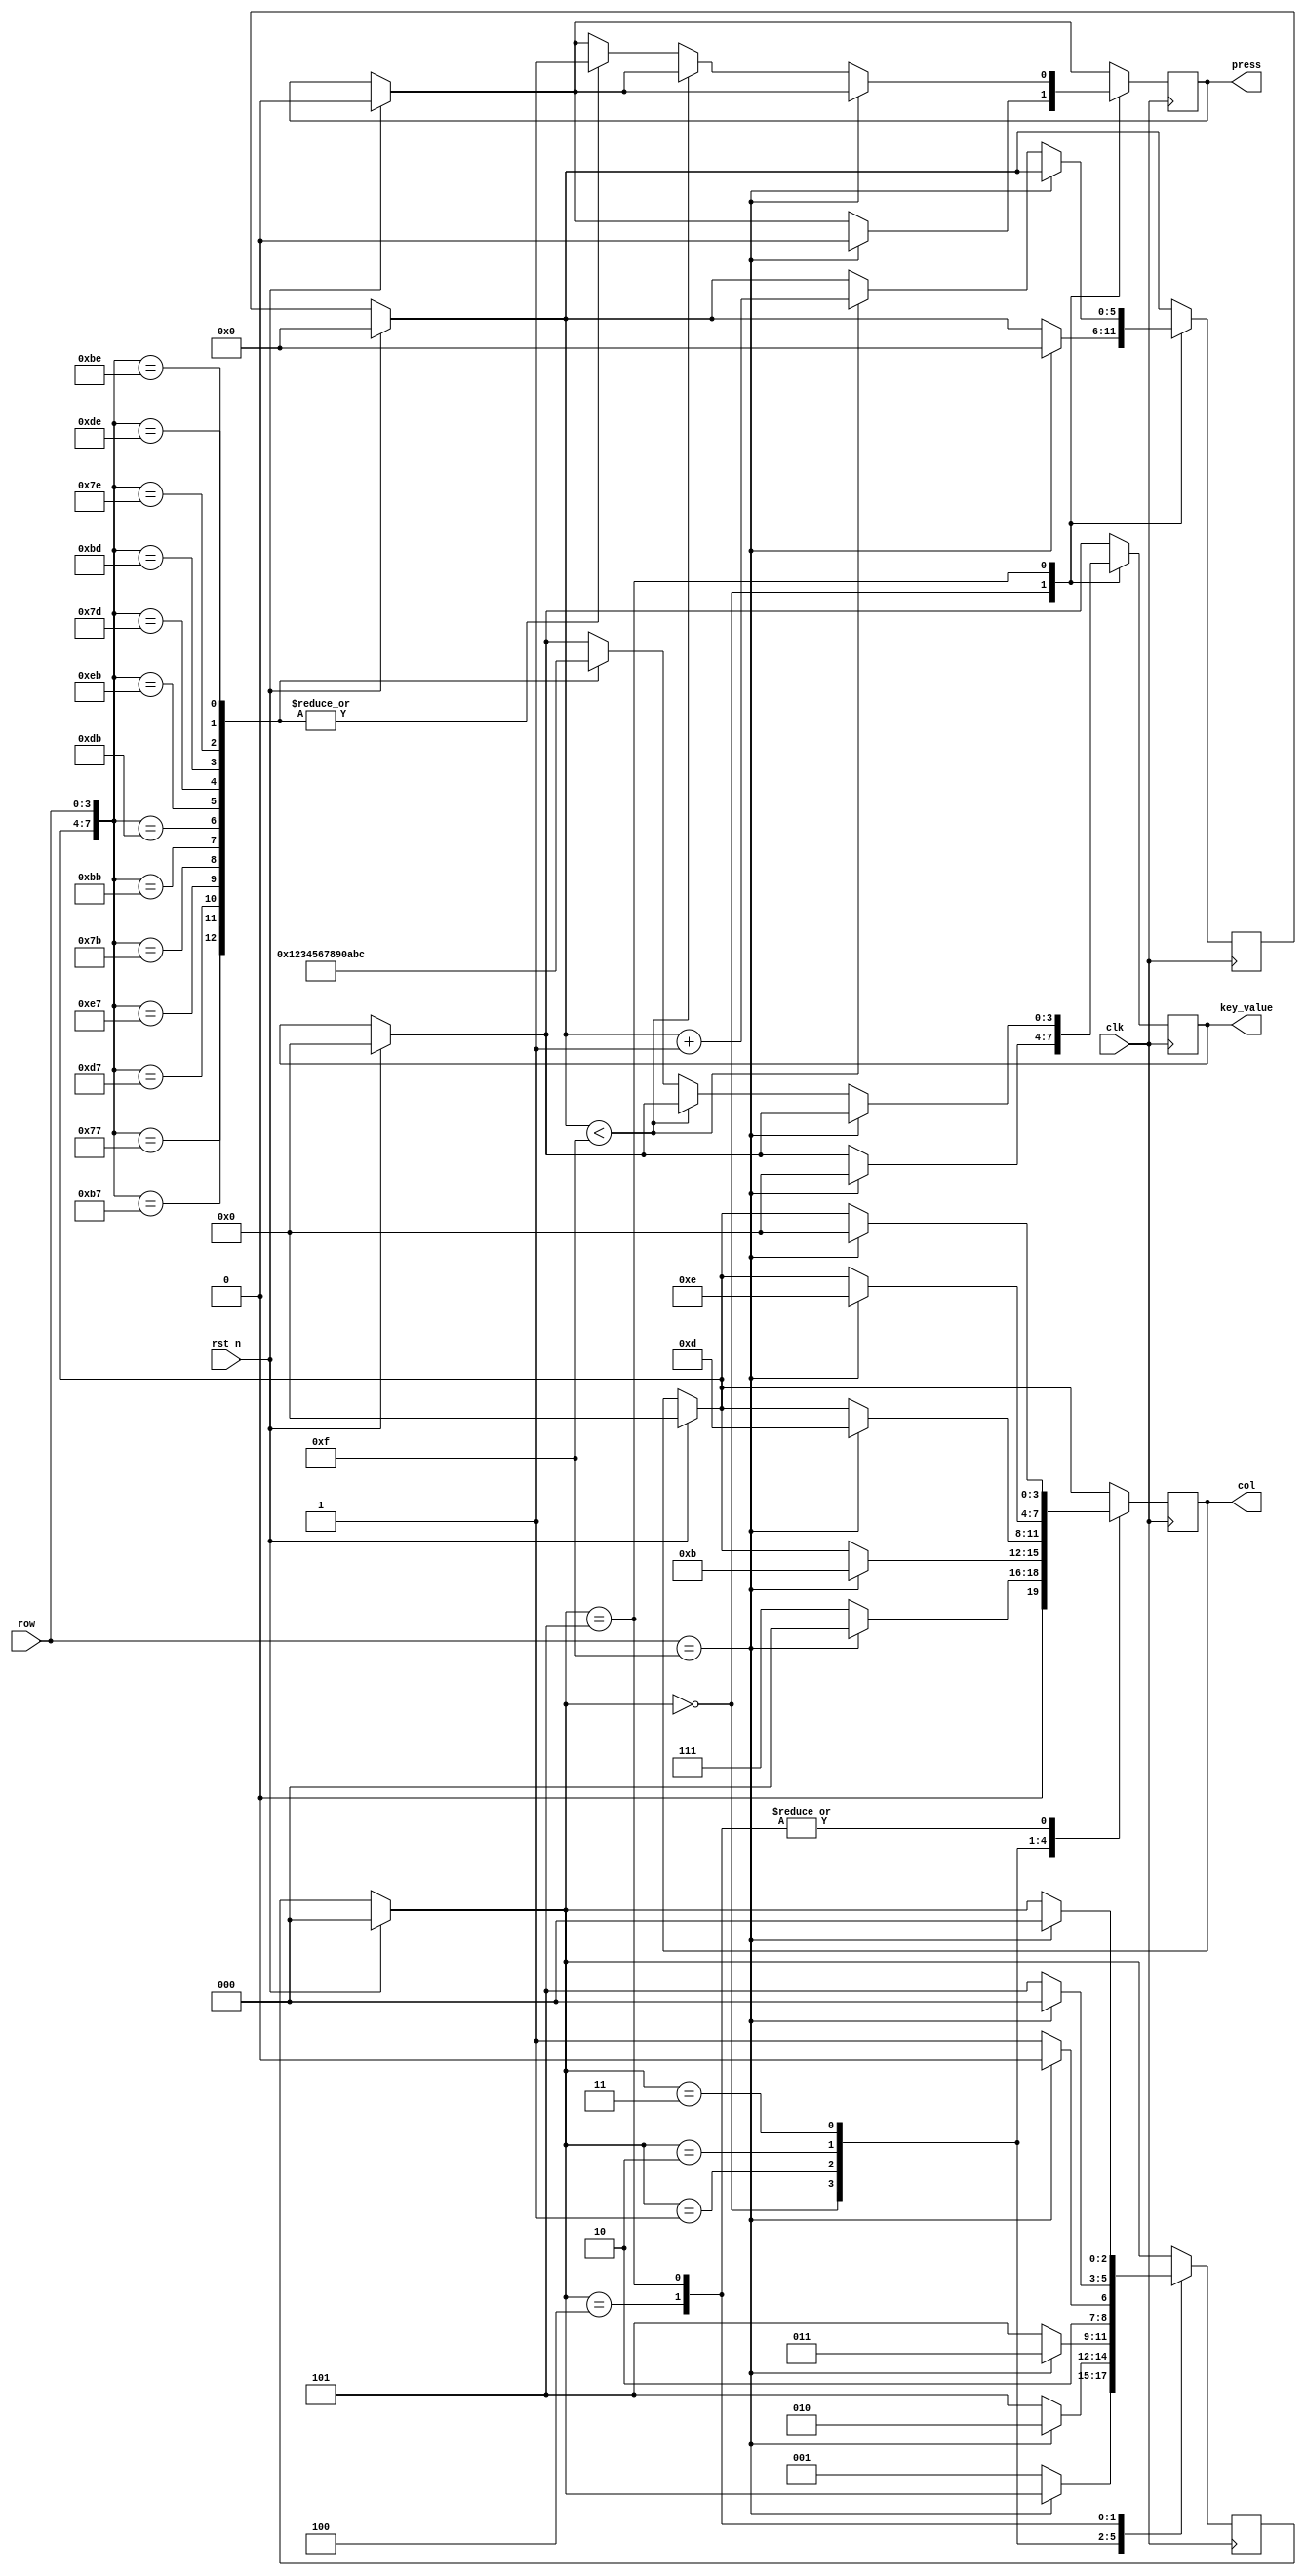
// Keyboard Scanner
// Function: Scan the keyboard circuit and receive the value of the pressed key.
// State: Finished. Passed all test.

module Keyboard_Scanner(
    input clk, //1000Hz after reduction
    input rst_n, //The signal to reset the FSM
    input [3:0]row, //x-axis
    output reg [3:0]col, //y-axis
    output reg [3:0]key_value, //The key value signal passed to the AmountManager
    output reg press //The signal that a key is pressed, passed to ChargeController
    );
    
    reg [2:0]current_state;
    reg [5:0]cnt;

    parameter MAX = 4'b1111; //Stabilization. Valid if no change in 15 ms
    parameter no_press = 4'b1111; //High voltage if not pressed
    parameter S0 = 3'b000, S1 = 3'b001, S2 = 3'b010, S3 = 3'b011, S4=3'b100, S5=3'b101; //All possible states

    always@(posedge clk)
    begin
	if (rst_n) begin
	    col = 4'b0000;
	    cnt = 0;
	    press = 0;
	    key_value = 4'b0000;
	    current_state = S0;
	end
        case(current_state)
            S0: if (row == no_press) begin
		    col = 4'b0000;
		    press = 0;
                    cnt = 0;
                    key_value = 4'b0000;
		end
                else begin
                    col = 4'b0111;
                    current_state = S1;
                end
            S1: if(row == no_press) begin
                    col = 4'b1011;
                    current_state = S2;
                end
                else current_state = S5;
            S2: if(row == no_press) begin
                    col = 4'b1101;
                    current_state = S3;
                end
                else current_state = S5;
            S3: if(row == no_press) begin
                    col = 4'b1110;
                    current_state = S4;
                end
                else current_state = S5;
            S4: if(row == no_press) begin
                    col = 4'b0000;
                    current_state = S0;
                end
                else current_state = S5;
            S5: if(row == no_press) begin
                    current_state = S0;
                    col = 4'b0000;
                end
                else if (cnt < MAX) cnt = cnt + 1;
                else begin
                    case({col, row})
                        8'b01110111: begin
                            key_value = 4'b0001; //1
                            press = 1;
                            end
                        8'b10110111: begin
                            key_value = 4'b0010; //2
                            press = 1;
                            end
                        8'b11010111: begin
                            key_value = 4'b0011; //3
                            press = 1;
                            end
                        8'b11100111: begin
                            key_value = 4'b0100; //4
                            press = 1;
                            end
                        8'b01111011: begin
                            key_value = 4'b0101; //5
                            press = 1;
                            end
                        8'b10111011: begin
                            key_value = 4'b0110; //6
                            press = 1;
                            end
                        8'b11011011: begin
                            key_value = 4'b0111; //7
                            press = 1;
                            end
                        8'b11101011: begin
                            key_value = 4'b1000; //8
                            press = 1;
                            end
                        8'b01111101: begin
                            key_value = 4'b1001; //9
                            press = 1;
                            end
                        8'b10111101: begin
                            key_value = 4'b0000; //0
                            press = 1;
                            end
                        8'b01111110: begin
                            key_value = 4'b1010; //10, start;
                            press = 1;
                            end
                        8'b10111110: begin
                            key_value = 4'b1011; //11, clear;
                            press = 1;
                            end
                        8'b11011110: begin
                            key_value = 4'b1100; //12, confirm;
                            press = 1;
                            end
                    endcase
                end
        endcase
    end
endmodule